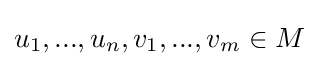
u_{1},...,u_{n},v_{1},...,v_{m}\in M